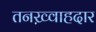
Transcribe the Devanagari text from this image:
तनख़्वाहदार